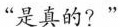
”是真的？”